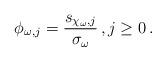
LaTeX: \begin{align*}\phi_{\omega,j}=\frac{s_{\chi_{\omega},j}}{\sigma_{\omega}} \,,j\geq0 \,.\end{align*}